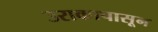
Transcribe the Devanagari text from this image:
उराकापासून